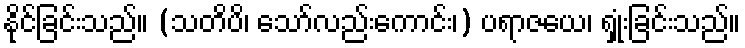
နိုင်ခြင်းသည်။ (သတိပိ၊ သော်လည်းကောင်း၊) ပရာဇယေ၊ ရှုံးခြင်းသည်။